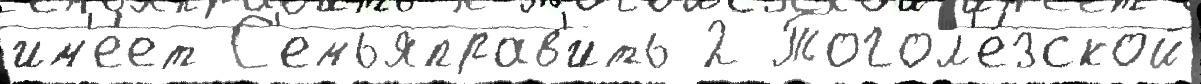
им'е́ет С'емьяправ'ить 2 Тогол'е́зской